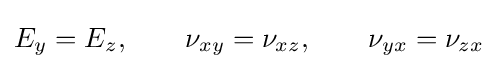
E_{y}=E_{z},\qquad \nu _{xy}=\nu _{xz},\qquad \nu _{yx}=\nu _{zx}